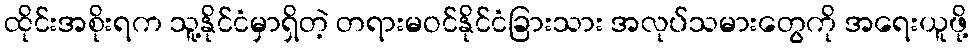
ထိုင်းအစိုးရက သူ့နိုင်ငံမှာရှိတဲ့ တရားမဝင်နိုင်ငံခြားသား အလုပ်သမားတွေကို အရေးယူဖို့